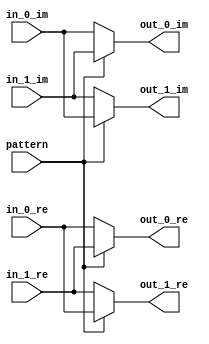
// Input ports
// in_0_re     -the 1st input (real part) of the commutator (16 bits)
// in_0_im     -the 1st input (imag part) of the commutator (16 bits)
// in_1_re     -the 2nd input (real part) of the commutator (16 bits)
// in_1_im     -the 2nd input (imag part) of the commutator (16 bits)
// pattern     -Enable signal, tells us whether to re-order the inputs of the commutator

// Output ports
// out_0_re    -the 1st output (real part) of the commutator (16 bits)
// out_0_im    -the 1st output (imag part) of the commutator (16 bits)
// out_1_re    -the 2nd output (real part) of the commutator (16 bits)
// out_1_im    -the 2nd output (imag part) of the commutator (16 bits)

module commutator_radix2
    (
        input [15:0] in_0_re,
        input [15:0] in_0_im,
        input [15:0] in_1_re,
        input [15:0] in_1_im,
        input pattern,
        output [15:0] out_0_re,
        output [15:0] out_0_im,
        output [15:0] out_1_re,
        output [15:0] out_1_im
    );

    assign out_0_re = (pattern) ? in_1_re : in_0_re;
    assign out_0_im = (pattern) ? in_1_im : in_0_im;
    assign out_1_re = (pattern) ? in_0_re : in_1_re;
    assign out_1_im = (pattern) ? in_0_im : in_1_im;

endmodule